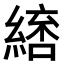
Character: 𮈷